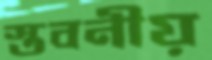
স্তবনীয়